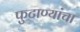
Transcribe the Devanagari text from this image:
फुटाण्यांचा